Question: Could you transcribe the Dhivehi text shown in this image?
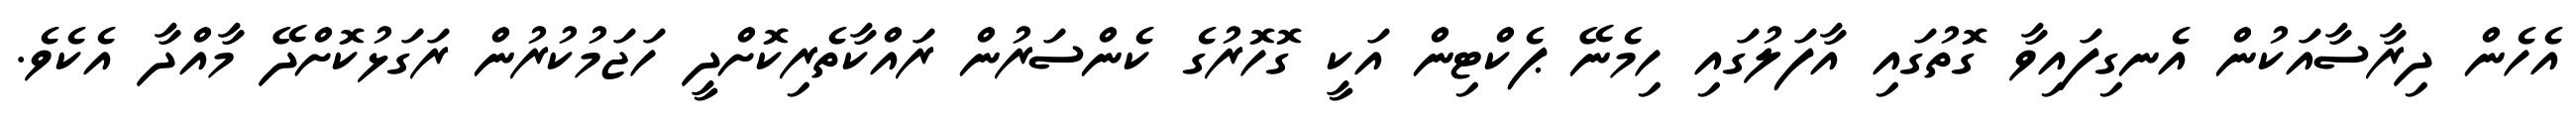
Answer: އެހެން ދިރާސާއަކުން އެނގިފައިވާ ގޮތުގައި އާފަލުގައި ހިމެނޭ ޕެކްޓިން އަކީ ގޮހޮރުގެ ކެންސަރުން ރައްކާތެރިކޮށްދީ ހަޖަމުކުރުން ރަގަޅުކޮށްދޭ މާއްދާ އެކެވެ.